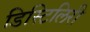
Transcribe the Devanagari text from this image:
डिस्टिलिरी